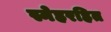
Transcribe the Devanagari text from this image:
स्नेहरहित